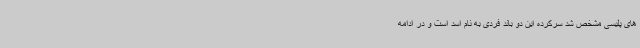
های پلیسی مشخص شد سرکرده این دو باند فردی به نام اسد است و در ادامه